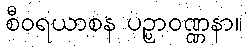
စီဝရယာစန ပဉ္ပာဝဏ္ဏနာ။